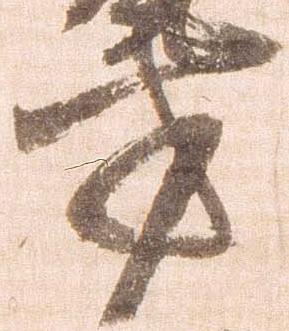
方